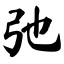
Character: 弛